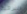
البرقية